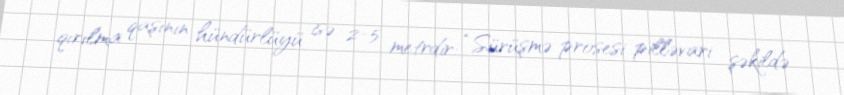
qırılma qaşının hündürlüyü isə 2-5 metrdir: “Sürüşmə prosesi pilləvari şəkildə